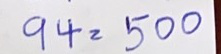
94 = 500